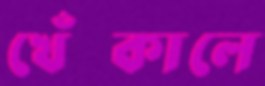
খেঁচ্‌কালে